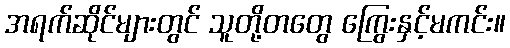
အရက်ဆိုင်များတွင် သူတို့တတွေ ကြွေးနှင့်မကင်း။